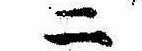
二